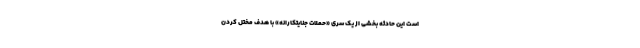
است این حادثه بخشی از یک سری «حملات جنایتکارانه» با هدف مختل کردن